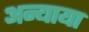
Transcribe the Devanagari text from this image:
अन्याया